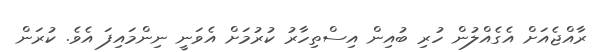
ރާއްޖެއަށް އެގެއްލުން ހުރި ބުއިން އިސްތިހާރު ކުރުމަށް އެވަނީ ނިންމައިފަ އެވެ. ކުރަން